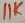
Text: 11K